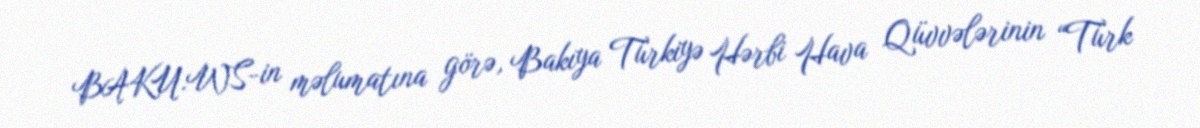
BAKU.WS-in məlumatına görə, Bakıya Türkiyə Hərbi Hava Qüvvələrinin “Türk